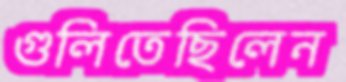
গুলিতেছিলেন